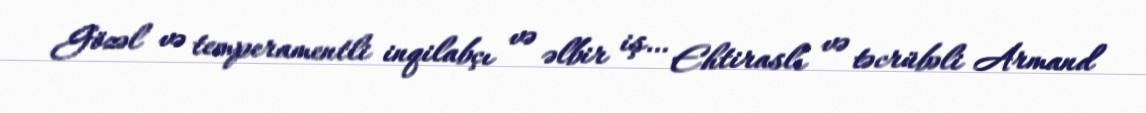
Gözəl və temperamentli inqilabçı və əlbir iş… Ehtiraslı və təcrübəli Armand